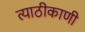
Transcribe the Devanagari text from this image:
त्याठीकाणी